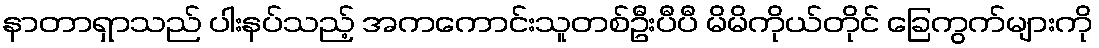
နာတာရှာသည် ပါးနပ်သည့် အကကောင်းသူတစ်ဦးပီပီ မိမိကိုယ်တိုင် ခြေကွက်များကို